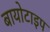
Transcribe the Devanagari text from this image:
बायोटाइप